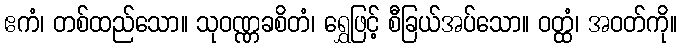
ဧကံ၊ တစ်ထည်သော။ သုဝဏ္ဏခစိတံ၊ ရွှေဖြင့် စီခြယ်အပ်သော။ ဝတ္ထံ၊ အဝတ်ကို။